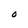
Character: O